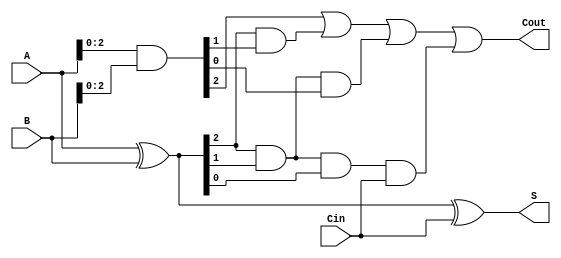
module carry_lookahead_adder (
    input wire [3:0] A,
    input wire [3:0] B,
    input wire Cin,
    output wire [3:0] S,
    output wire Cout
);

wire [3:0] G, P, C;

assign G = A & B;
assign P = A ^ B;
assign C[0] = Cin;
assign C[1] = G[0] | (P[0] & Cin);
assign C[2] = G[1] | (P[1] & G[0]) | (P[1] & P[0] & Cin);
assign C[3] = G[2] | (P[2] & G[1]) | (P[2] & P[1] & G[0]) | (P[2] & P[1] & P[0] & Cin);

assign S = A ^ B ^ Cin;
assign Cout = C[3];

endmodule